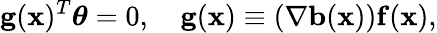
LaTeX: \mathbf{g}(\mathbf{x})^{T}{\boldsymbol\theta}=0,\quad\mathbf{g}(\mathbf{x})\equiv(\nabla\mathbf{b}(\mathbf{x}))\mathbf{f}(\mathbf{x}),